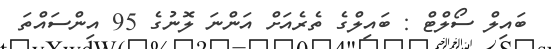
ބައިލް ސޯލްޓް : ބައިލްގެ ތެރެއަށް އަންނަ ލޮނުގެ 95 އިންސައްތަ